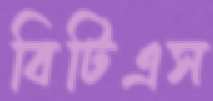
বিটিএস